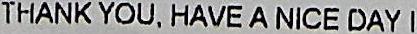
THANK YOU, HAVE A NICE DAY !